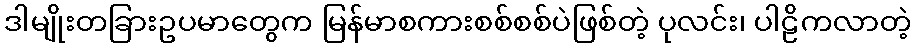
ဒါမျိုးတခြားဥပမာတွေက မြန်မာစကားစစ်စစ်ပဲဖြစ်တဲ့ ပုလင်း၊ ပါဠိကလာတဲ့